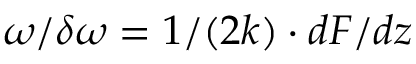
\omega / \delta \omega = 1 / ( 2 k ) \cdot d F / d z